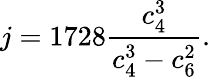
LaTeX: j=1728{\frac{c_{4}^{3}}{c_{4}^{3}-c_{6}^{2}}}.